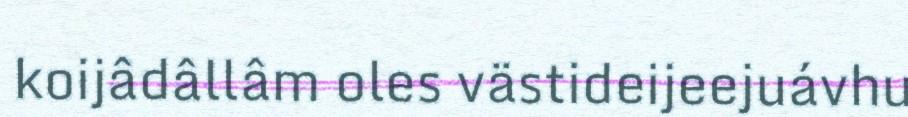
koijâdâllâm oles västideijeejuávhu